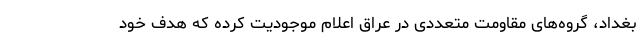
بغداد، گروه‌های مقاومت متعددی در عراق اعلام موجودیت کرده که هدف خود